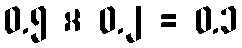
၀.၅ × ၀.၂ = ၀.၁